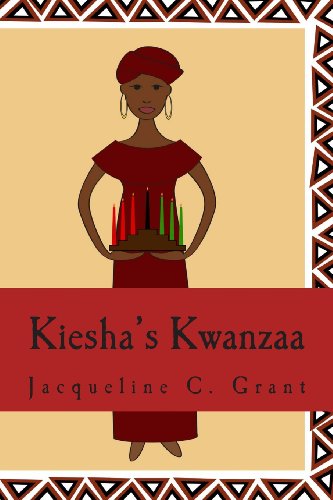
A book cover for Kiesha's Kwanzaa; Jacqueline C Grant Ph.D.; Children's Books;